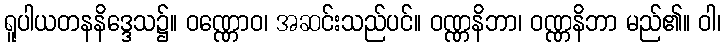
ရူပါယတနနိဒ္ဒေသ၌။ ဝဏ္ဏောဝ၊ အဆင်းသည်ပင်။ ဝဏ္ဏနိဘာ၊ ဝဏ္ဏနိဘာ မည်၏။ ဝါ၊